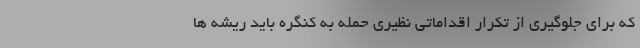
که برای جلوگیری از تکرار اقداماتی نظیری حمله به کنگره باید ریشه ‌ها